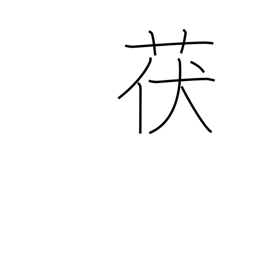
Meaning: type of mushroom